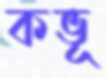
কভূ